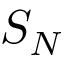
S _ { N }